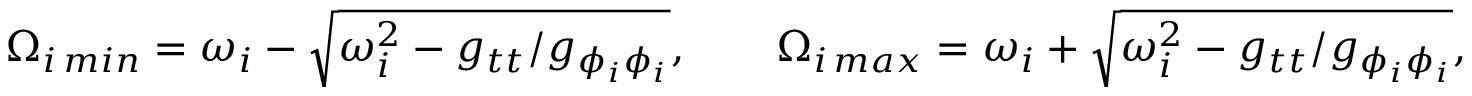
\Omega _ { i \, m i n } = \omega _ { i } - \sqrt { \omega _ { i } ^ { 2 } - g _ { t t } / g _ { \phi _ { i } \phi _ { i } } } , \ \ \ \ \ \ \Omega _ { i \, m a x } = \omega _ { i } + \sqrt { \omega _ { i } ^ { 2 } - g _ { t t } / g _ { \phi _ { i } \phi _ { i } } } ,